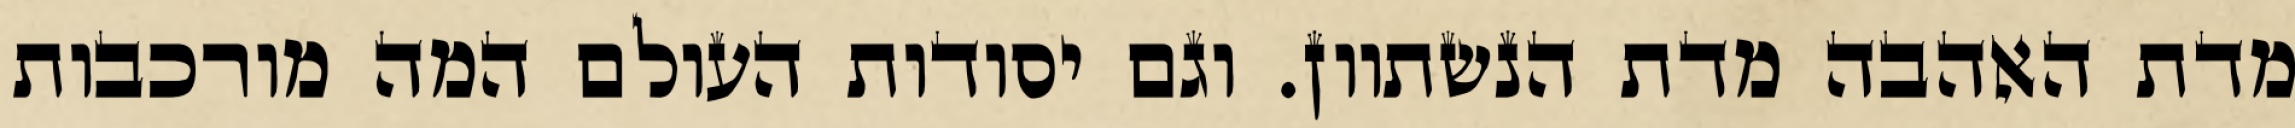
מדת האהבה מדת הנשתוון. וגם יסודות העולם המה מורכבות